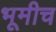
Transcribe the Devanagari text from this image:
भूमीच